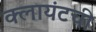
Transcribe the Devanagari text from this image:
क्लायंटची